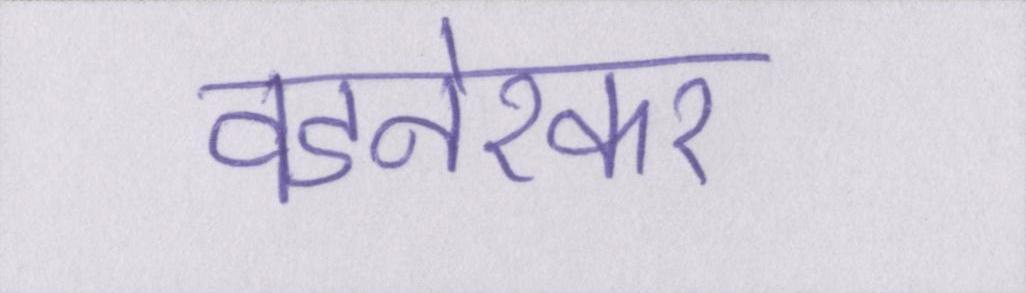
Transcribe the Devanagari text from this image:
वडनेरकर